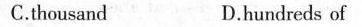
C.thousand D.hundreds of